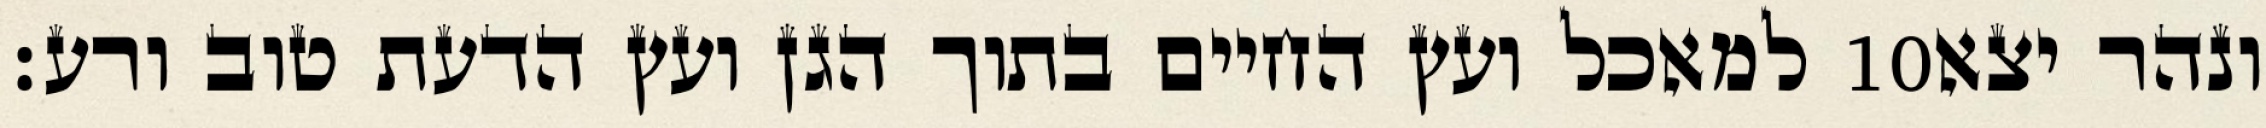
למאכל ועץ החיים בתוך הגן ועץ הדעת טוב ורע׃ ‎10‏ ונהר יצא